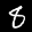
Label: 8